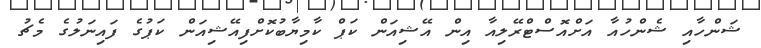
ޝަންހާއި ޝެންހުއާ އަށްއޮސްޓްރޭލިއާ އިން އޭޝިއަން ކަޕް ކާމިޔާބުކޮށްފިއޭޝިއަން ކަޕުގެ ފައިނަލުގެ މެޗު